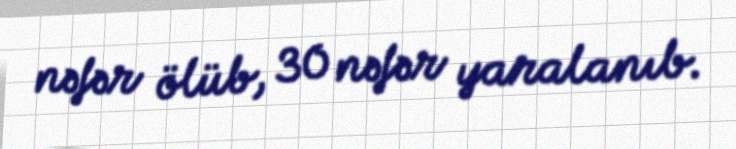
nəfər ölüb, 30 nəfər yaralanıb.